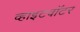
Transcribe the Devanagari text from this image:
व्हाइटवॉटर